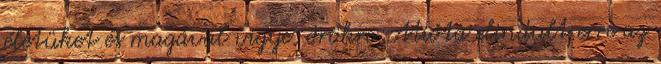
életüket és magával vigye, örökre. Mióta elindult erre az